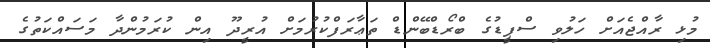
މުޅި ރާއްޖެއަށް ހަލުވި ސްޕީޑުގެ ބްރޯޑްބޭންޑް ތަޢާރަފްކުރުމަށް އުރީދޫ އިން ކުރަމުންދާ މަސައްކަތުގެ